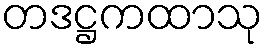
တဒဋ္ဌကထာသု